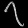
Digit: ၇